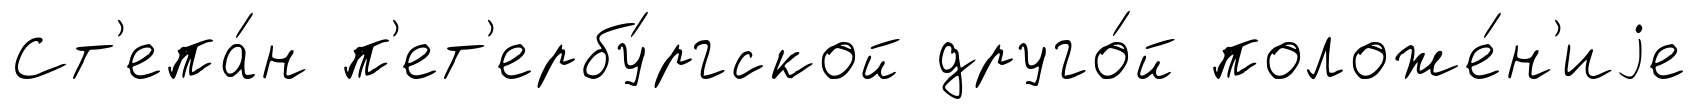
Ст'епа́н п'ет'ербу́ргской друго́й положе́н'иjе